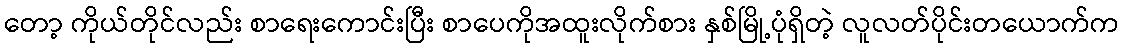
တော့ ကိုယ်တိုင်လည်း စာရေးကောင်းပြီး စာပေကိုအထူးလိုက်စား နှစ်မြို့ပုံရှိတဲ့ လူလတ်ပိုင်းတယောက်က